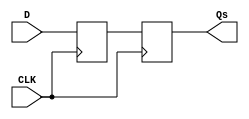
module master_slave_ff_synchronizer (
    input wire D,        // Input signal to be synchronized
    input wire CLK,      // Clock signal
    output reg Qs        // Synchronized output signal
);

    reg Qm;              // Master output

    // Master Flip-Flop: Captures D on the rising edge of CLK
    always @(posedge CLK) begin
        Qm <= D;        // Capture input D
    end

    // Slave Flip-Flop: Captures Qm on the falling edge of CLK
    always @(negedge CLK) begin
        Qs <= Qm;       // Transfer master output to slave output
    end

endmodule